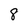
Character: 8